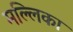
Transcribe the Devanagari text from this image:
मल्‍लिका